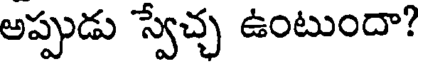
అప్పుడు స్వేచ్చ ఉంటుందా?